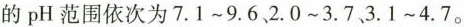
的pH范围依次为7.1~9.6、2.0~3.7、3.1~4.7。